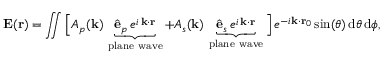
\mathbf { E } ( \mathbf { r } ) = \iint \Big [ A _ { p } ( \mathbf { k } ) \, \underbrace { \hat { \mathbf { e } } _ { p } \, e ^ { i \, \mathbf { k } \cdot \mathbf { r } } } _ { \mathrm { p l a n e ~ w a v e } } + A _ { s } ( \mathbf { k } ) \, \underbrace { \hat { \mathbf { e } } _ { s } \, e ^ { i \, \mathbf { k } \cdot \mathbf { r } } } _ { \mathrm { p l a n e ~ w a v e } } \Big ] \, e ^ { - i \mathbf { k } \cdot \mathbf { r } _ { 0 } } \, \mathrm { s i n } ( \theta ) \, \mathrm { d } \theta \, \mathrm { d } \phi ,